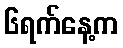
၆ရက်နေ့က